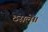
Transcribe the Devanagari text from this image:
ठसले॥